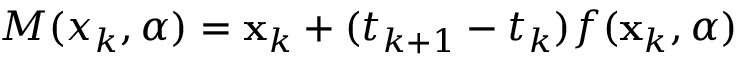
\boldsymbol { M } ( x _ { k } , \boldsymbol { \alpha } ) = \mathbf { x } _ { k } + ( t _ { k + 1 } - t _ { k } ) \boldsymbol { f } ( \mathbf { x } _ { k } , \boldsymbol { \alpha } )